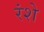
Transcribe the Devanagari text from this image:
रंशे